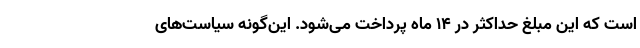
است که این مبلغ حداکثر در ۱۴ ماه پرداخت می‌شود. این‌گونه سیاست‌های